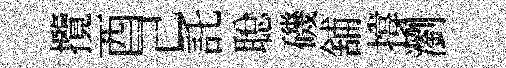
攬酉己託聪磯舖撐瀏